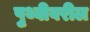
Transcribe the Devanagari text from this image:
पृुथ्वीवरील